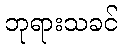
ဘုရားသခင်